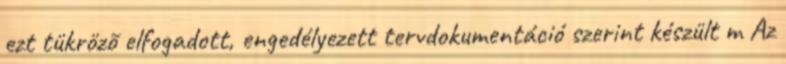
ezt tükrözõ elfogadott, engedélyezett tervdokumentáció szerint készült m Az